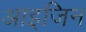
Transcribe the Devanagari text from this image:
आइजिन